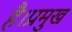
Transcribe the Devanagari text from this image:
है।प्रमुख